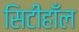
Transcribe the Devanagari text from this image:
सिटीहाँल